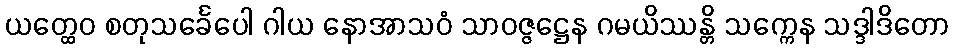
ယတ္ထေဝ စတုသင်္ခေပေါ ဂါယ နောအာသဝံ သာဝဇ္ဇဋ္ဌေန ဂမယိဿန္တိ သက္ကေန သဒ္ဒါဒိတော